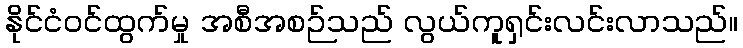
နိုင်ငံဝင်ထွက်မှု အစီအစဉ်သည် လွယ်ကူရှင်းလင်းလာသည်။